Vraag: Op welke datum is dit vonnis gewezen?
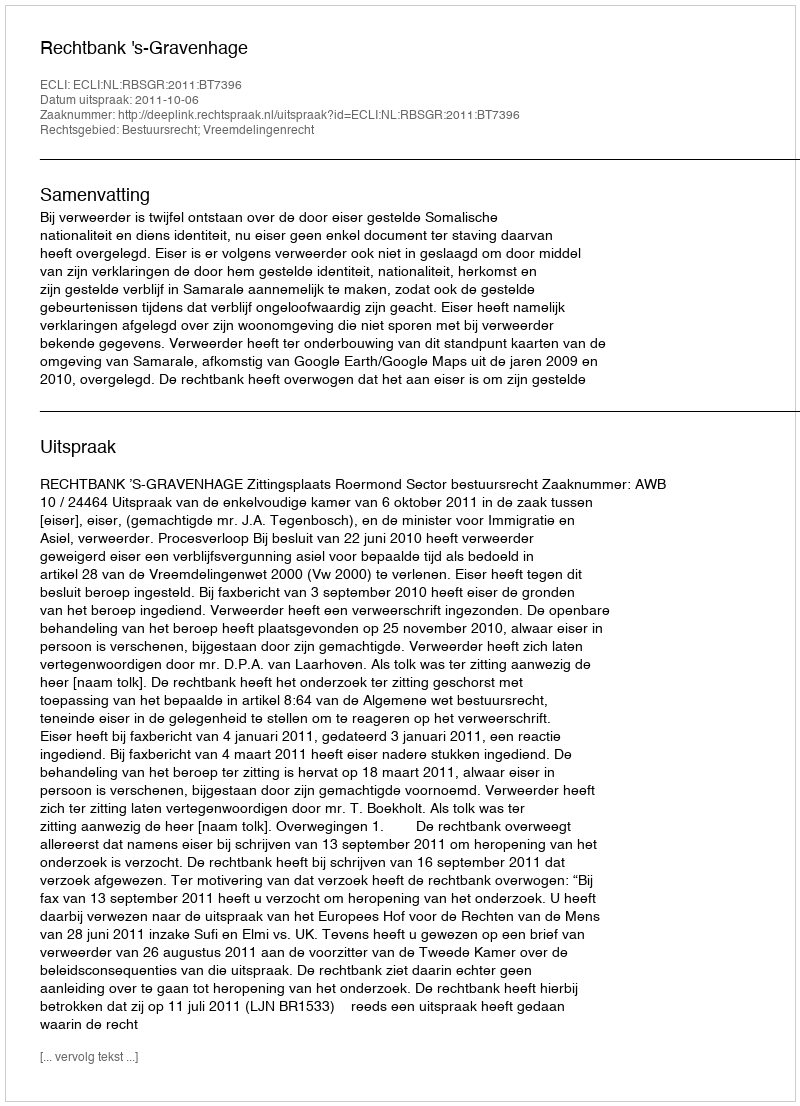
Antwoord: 2011-10-06